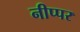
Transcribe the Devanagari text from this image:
नीप्पर